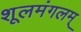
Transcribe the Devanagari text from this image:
शूलमंगलम्‌